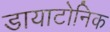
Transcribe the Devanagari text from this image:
डायाटोनिक